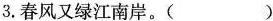
3.春风又绿江南岸。()